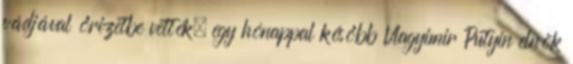
vádjával őrizetbe vették, egy hónappal később Vlagyimir Putyin elnök